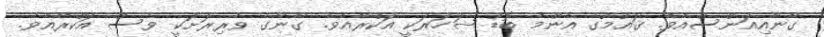
ގާނާއިިއަންސްއެވެ. ޤައުމުގެ އެންމެ ބޮޑު ޝަހަރަކީ އަކްރާއެވެ. ގާނާގެ ވެރިރަށަކީ ވެސް އަކްރާއެވެ.